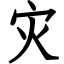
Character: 灾